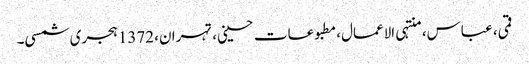
قمی، عباس، منتہی الاعمال، مطبوعات حسینی، تہران، 1372 ہجری شمسی۔